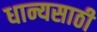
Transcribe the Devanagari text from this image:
धान्यसाठी